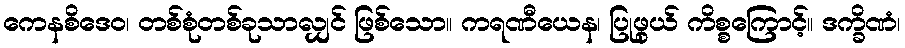
ကေနစိဒေဝ၊ တစ်စုံတစ်ခုသာလျှင် ဖြစ်သော။ ကရဏီယေန၊ ပြုဖွယ် ကိစ္စကြောင့်။ ဒက္ခိဏံ၊